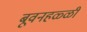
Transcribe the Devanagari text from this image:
बूवनहळ्ळी